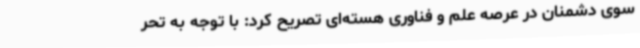
سوی دشمنان در عرصه علم و فناوری هسته‌ای تصریح کرد: با توجه به تحر